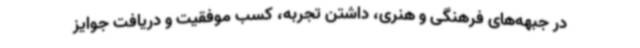
در جبهه‌های فرهنگی و هنری، داشتن تجربه، کسب موفقیت و دریافت جوایز